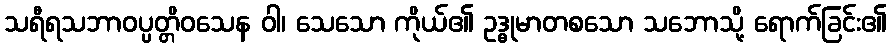
သရီရသဘာဝပ္ပတ္တိဝသေန ဝါ၊ သေသော ကိုယ်၏ ဥဒ္ဓုမာတစသော သဘောသို့ ရောက်ခြင်း၏